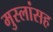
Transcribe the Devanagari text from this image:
मुस्लांसह